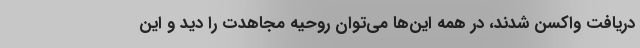
دریافت واکسن شدند، در همه این‌ها می‌توان روحیه مجاهدت را دید و این